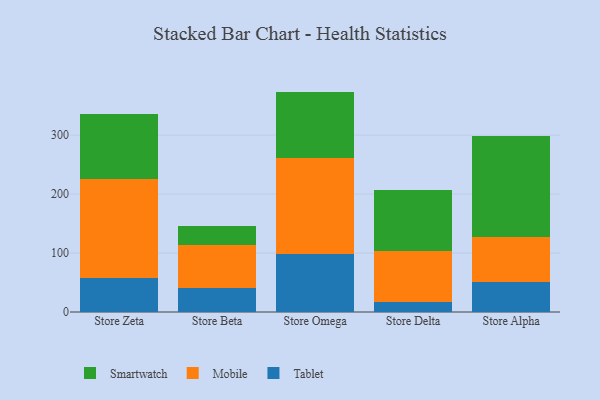
{"axis": {"x": "Store", "y": "Conversion Rate (%)"}, "legend": ["Mobile", "Smartwatch", "Tablet"], "data": [{"x": "Store Zeta", "y": 57.4, "type": "Tablet"}, {"x": "Store Zeta", "y": 168.9, "type": "Mobile"}, {"x": "Store Zeta", "y": 110.0, "type": "Smartwatch"}, {"x": "Store Beta", "y": 41.4, "type": "Tablet"}, {"x": "Store Beta", "y": 72.4, "type": "Mobile"}, {"x": "Store Beta", "y": 32.3, "type": "Smartwatch"}, {"x": "Store Omega", "y": 97.7, "type": "Tablet"}, {"x": "Store Omega", "y": 162.8, "type": "Mobile"}, {"x": "Store Omega", "y": 113.2, "type": "Smartwatch"}, {"x": "Store Delta", "y": 16.2, "type": "Tablet"}, {"x": "Store Delta", "y": 87.5, "type": "Mobile"}, {"x": "Store Delta", "y": 103.0, "type": "Smartwatch"}, {"x": "Store Alpha", "y": 51.0, "type": "Tablet"}, {"x": "Store Alpha", "y": 76.4, "type": "Mobile"}, {"x": "Store Alpha", "y": 171.0, "type": "Smartwatch"}]}